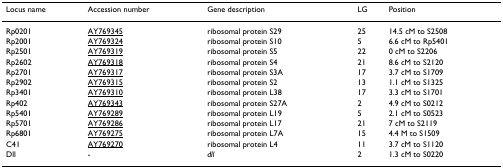
<table><thead><tr><td><b>Locus name</b></td><td><b>Accession number</b></td><td><b>Gene description</b></td><td><b>LG</b></td><td><b>Position</b></td></tr></thead><tbody><tr><td>Rp0201</td><td>AY769345</td><td>ribosomal protein S29</td><td>25</td><td>14.5 cM to S2508</td></tr><tr><td>Rp2001</td><td>AY769324</td><td>ribosomal protein S10</td><td>5</td><td>6.6 cM to Rp5401</td></tr><tr><td>Rp2501</td><td>AY769319</td><td>ribosomal protein S5</td><td>22</td><td>0 cM to S2206</td></tr><tr><td>Rp2602</td><td>AY769318</td><td>ribosomal protein S4</td><td>21</td><td>8.6 cM to S2120</td></tr><tr><td>Rp2701</td><td>AY769317</td><td>ribosomal protein S3A</td><td>17</td><td>3.7 cM to S1709</td></tr><tr><td>Rp2902</td><td>AY769315</td><td>ribosomal protein S2</td><td>13</td><td>1.1 cM to S1325</td></tr><tr><td>Rp3401</td><td>AY769310</td><td>ribosomal protein L38</td><td>17</td><td>3.3 cM to S1701</td></tr><tr><td>Rp402</td><td>AY769343</td><td>ribosomal protein S27A</td><td>2</td><td>4.9 cM to S0212</td></tr><tr><td>Rp5401</td><td>AY769289</td><td>ribosomal protein L19</td><td>5</td><td>2.1 cM to S0523</td></tr><tr><td>Rp5701</td><td>AY769286</td><td>ribosomal protein L17</td><td>21</td><td>7 cM to S2119</td></tr><tr><td>Rp6801</td><td>AY769275</td><td>ribosomal protein L7A</td><td>15</td><td>4.4 M to S1509</td></tr><tr><td>C41</td><td>AY769270</td><td>ribosomal protein L4</td><td>11</td><td>3.7 cM to S1120</td></tr><tr><td>Dll</td><td>-</td><td><i>dll</i></td><td>2</td><td>1.3 cM to S0220</td></tr></tbody></table>